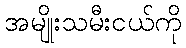
အမျိုးသမီးငယ်ကို